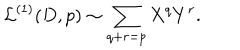
{ \cal L } ^ { ( 1 ) } ( D , p ) \sim \sum _ { q + r = p } X ^ { q } Y ^ { r } .